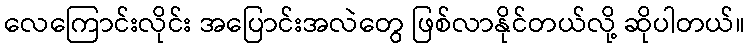
လေကြောင်းလိုင်း အပြောင်းအလဲတွေ ဖြစ်လာနိုင်တယ်လို့ ဆိုပါတယ်။